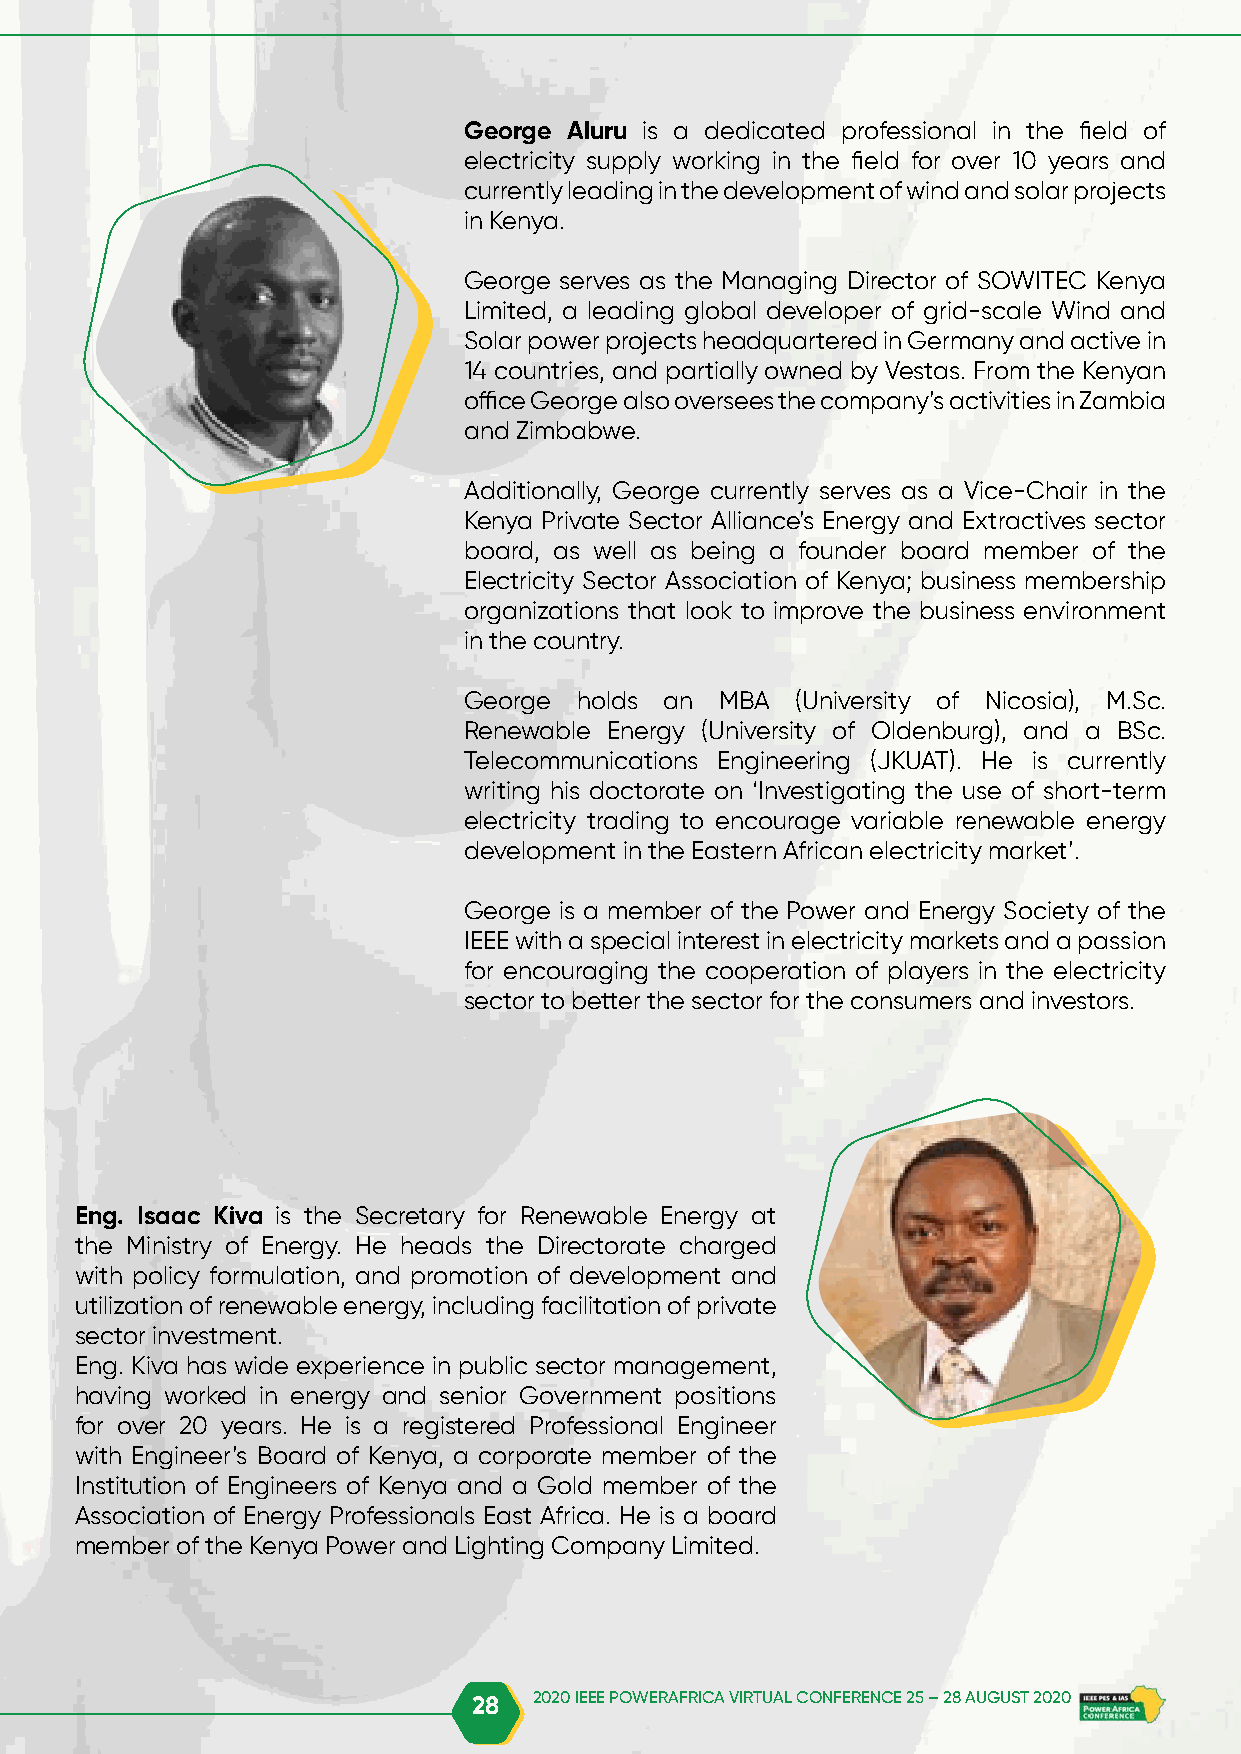
George Aluru is a dedicated professional in the field of
 electricity supply working in the field for over 10 years and
 currently leading in the development of wind and solar projects
 in Kenya.
 George serves as the Managing Director of SOWITEC Kenya
 Limited, a leading global developer of grid-scale Wind and
 Solar power projects headquartered in Germany and active in
 14 countries, and partially owned by Vestas. From the Kenyan
 office George also oversees the company’s activities in Zambia
 and Zimbabwe.
 Additionally, George currently serves as a Vice-Chair in the
 Kenya Private Sector Alliance’s Energy and Extractives sector
 board, as well as being a founder board member of the
 Electricity Sector Association of Kenya; business membership
 organizations that look to improve the business environment
 in the country.
 George holds an  MBA  (University of Nicosia), M.Sc.
 Renewable Energy (University of Oldenburg), and a BSc.
 Telecommunications Engineering (JKUAT). He is currently
 writing his doctorate on ‘Investigating the use of short-term
 electricity trading to encourage variable renewable energy
 development in the Eastern African electricity market’.
 George is a member of the Power and Energy Society of the
 IEEE with a special interest in electricity markets and a passion
 for encouraging the cooperation of players in the electricity
 sector to better the sector for the consumers and investors.
 Eng. Isaac Kiva is the Secretary for Renewable Energy at
 the Ministry of Energy. He heads the Directorate charged
 with policy formulation, and promotion of development and
 utilization of renewable energy, including facilitation of private
 sector investment.
 Eng. Kiva has wide experience in public sector management,
 having worked in energy and senior Government positions
 for over 20 years. He is a registered Professional Engineer
 with Engineer’s Board of Kenya, a corporate member of the
 Institution of Engineers of Kenya and a Gold member of the
 Association of Energy Professionals East Africa. He is a board
 member of the Kenya Power and Lighting Company Limited.
 28  2020 IEEE POWERAFRICA VIRTUAL CONFERENCE 25 – 28 AUGUST 2020